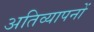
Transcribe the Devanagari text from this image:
अतिव्यापनों